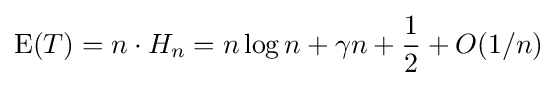
\operatorname {E} (T)=n\cdot H_{n}=n\log n+\gamma n+{\frac {1}{2}}+O(1/n)